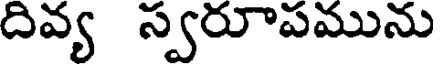
దివ్య స్వరూపమును